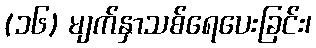
(၁၆) မျက်နှာသစ်ရေပေးခြင်း၊